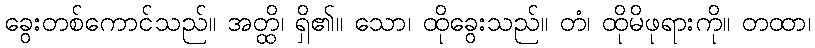
ခွေးတစ်ကောင်သည်။ အတ္ထိ၊ ရှိ၏။ သော၊ ထိုခွေးသည်။ တံ၊ ထိုမိဖုရားကို။ တထာ၊